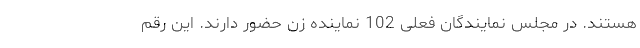
هستند. در مجلس نمایندگان فعلی 102 نماینده زن حضور دارند. این رقم